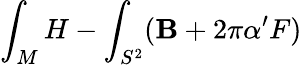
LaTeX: \int_{M}H-\int_{S^{2}}(\mathbf{B}+2\pi\alpha^{\prime}F)